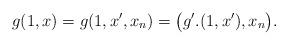
LaTeX: \begin{gather*}g (1,x) = g(1,x',x_n)=\big(g'.(1,x'),x_n\big).\end{gather*}